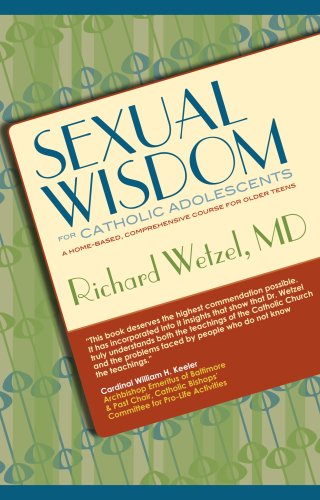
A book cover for Sexual Wisdom for Catholic Adolescents; Richard Wetzel; Teen & Young Adult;